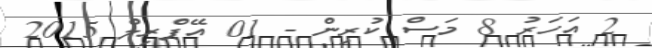
2 އަހަރު 8 މަސް ކުރިން - 01 އޭޕްރިލް 2015